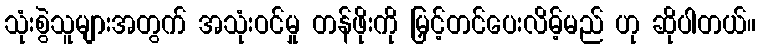
သုံးစွဲသူများအတွက် အသုံးဝင်မှု တန်ဖိုးကို မြှင့်တင်ပေးလိမ့်မည် ဟု ဆိုပါတယ်။